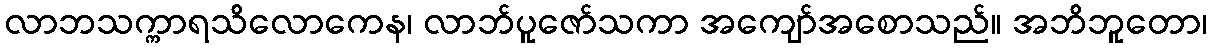
လာဘသက္ကာရသိလောကေန၊ လာဘ်ပူဇော်သကာ အကျော်အစောသည်။ အဘိဘူတော၊